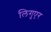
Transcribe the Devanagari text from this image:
लिगुएर